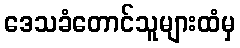
ဒေသခံတောင်သူများထံမှ